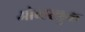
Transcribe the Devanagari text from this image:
ओव्हरलुक